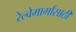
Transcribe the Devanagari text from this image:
रेल्वेमार्गांसाठी